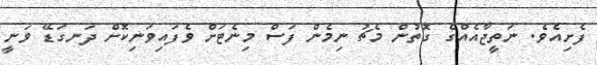
ފެށިއެވެ. ނަތީޖާއެއްގެ ގޮތުން މެޗު ނިމެން ފަސް މިނެޓަށް ވެފައިވަނިކޮށް ދަނގަޑޭ ވަނީ